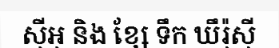
ស៊ីអុ និង ខ្សែ ទឹក ឃឹរ៉ុស៊ី